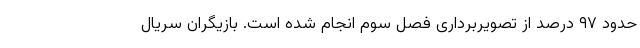
حدود ۹۷ درصد از تصویربرداری فصل سوم انجام شده است. بازیگران سریال